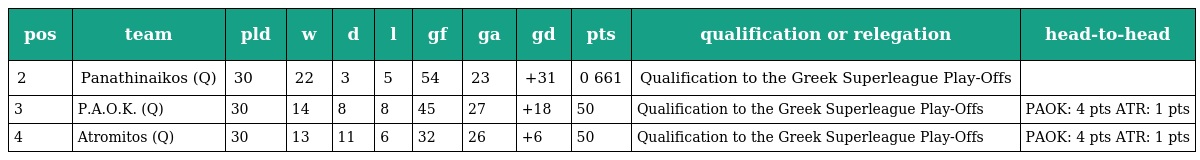
| pos | team | pld | w | d | l | gf | ga | gd | pts | qualification or relegation | head-to-head |
 | --- | --- | --- | --- | --- | --- | --- | --- | --- | --- | --- | --- |
 | 2 | Panathinaikos (Q) | 30 | 22 | 3 | 5 | 54 | 23 | +31 | 0 661 | Qualification to the Greek Superleague Play-Offs |  |
 | 3 | P.A.O.K. (Q) | 30 | 14 | 8 | 8 | 45 | 27 | +18 | 50 | Qualification to the Greek Superleague Play-Offs | PAOK: 4 pts ATR: 1 pts |
 | 4 | Atromitos (Q) | 30 | 13 | 11 | 6 | 32 | 26 | +6 | 50 | Qualification to the Greek Superleague Play-Offs | PAOK: 4 pts ATR: 1 pts |